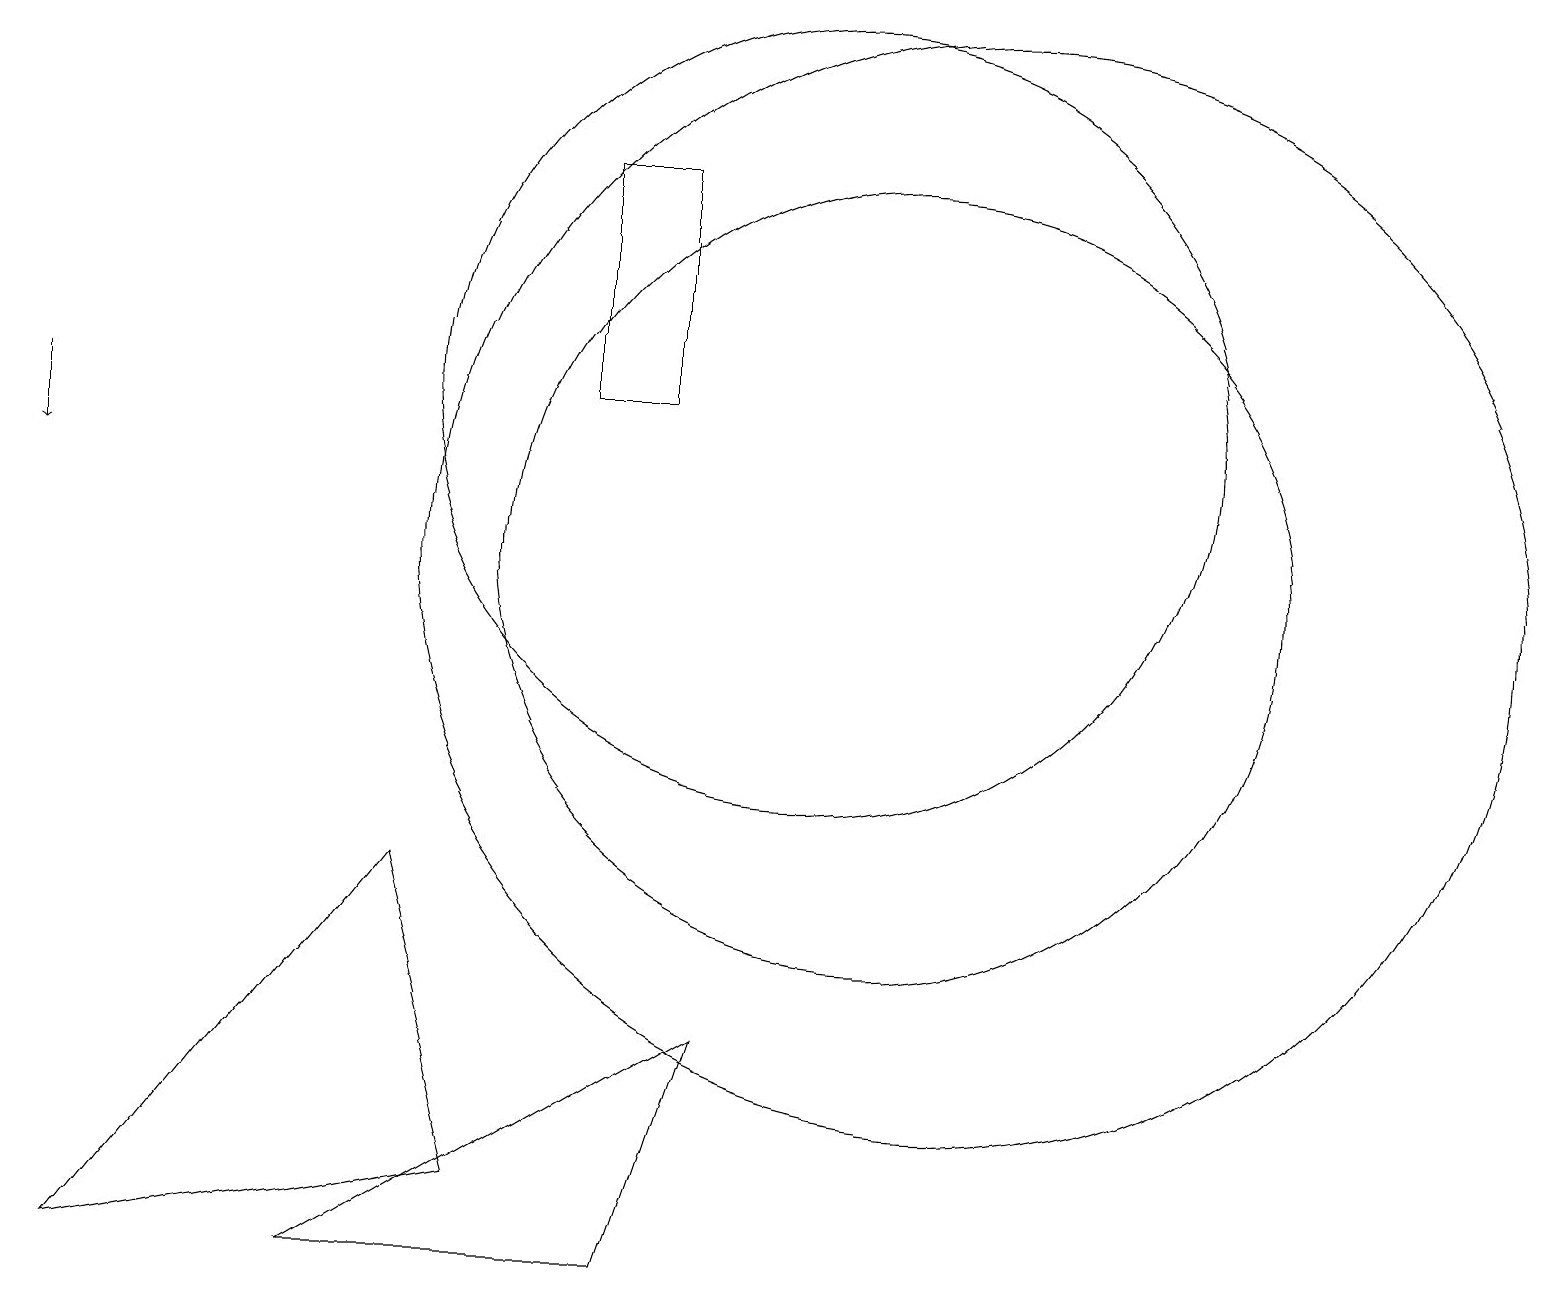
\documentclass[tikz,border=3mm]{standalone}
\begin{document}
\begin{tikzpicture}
\draw[->] (0,12) -- (0,11);
\draw (5,6) -- (6,2) -- (1,1) -- cycle;
\draw (12,10) circle (7);
\draw (10,12) circle (5);
\draw (4,1) -- (8,1) -- (9,4) -- cycle;
\draw (7,12) rectangle (8,15);
\draw (11,10) circle (5);
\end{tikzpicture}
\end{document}